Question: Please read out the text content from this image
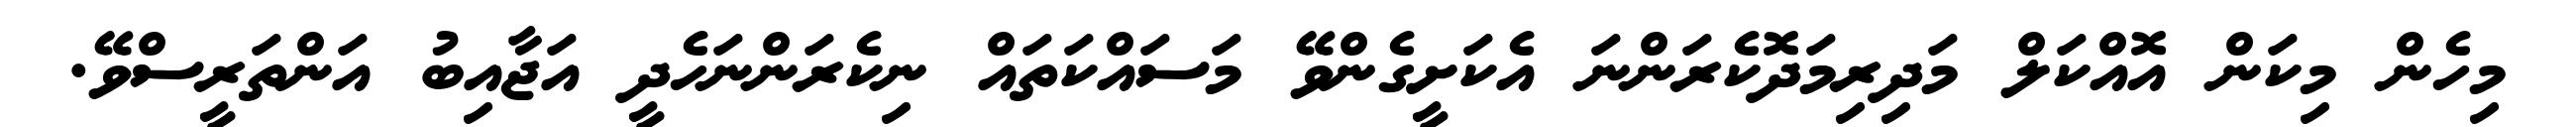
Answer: މިހެން މިކަން އޮއްކަލް މަދިރިމަދޮކެރަންނަ އެކަށީގެންވޭ މަސައްކަތައް ނިކެރަންނަހެދީ އަޖާއިބު އަންތަރީސްވޭ.